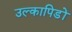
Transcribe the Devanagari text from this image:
उल्कापिडों